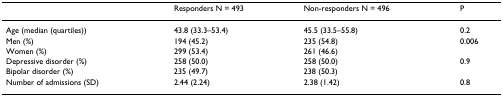
<table><thead><tr><td></td><td><b>Responders N = 493</b></td><td><b>Non-responders N = 496</b></td><td><b>P</b></td></tr></thead><tbody><tr><td>Age (median (quartiles))</td><td>43.8 (33.3–53.4)</td><td>45.5 (33.5–55.8)</td><td>0.2</td></tr><tr><td>Men (%)</td><td>194 (45.2)</td><td>235 (54.8)</td><td>0.006</td></tr><tr><td>Women (%)</td><td>299 (53.4)</td><td>261 (46.6)</td><td></td></tr><tr><td>Depressive disorder (%)</td><td>258 (50.0)</td><td>258 (50.0)</td><td>0.9</td></tr><tr><td>Bipolar disorder (%)</td><td>235 (49.7)</td><td>238 (50.3)</td><td></td></tr><tr><td>Number of admissions (SD)</td><td>2.44 (2.24)</td><td>2.38 (1.42)</td><td>0.8</td></tr></tbody></table>